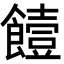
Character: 饐